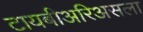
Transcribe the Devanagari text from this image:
टायबीअरिअसला